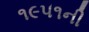
૧૯૫૧ની